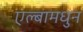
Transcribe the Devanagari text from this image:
एल्बामधुन